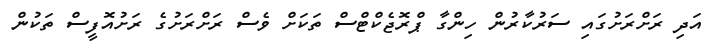
އަދި ރަށްރަށުގައި ސަރުކާރުން ހިންގާ ޕްރޮޖެކްޓްސް ތަކަށް ވެސް ރަށްރަށުގެ ރަށުއޮފީސް ތަކުން